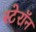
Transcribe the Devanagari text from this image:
स्टेरॉन